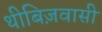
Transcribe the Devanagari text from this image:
थीबिज़वासी